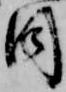
目